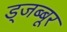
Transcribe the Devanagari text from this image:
ड्जब्बूर